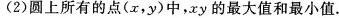
(2)圆上所有的点(x，y)中，xy的最大值和最小值。